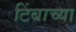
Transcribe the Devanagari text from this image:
टिंबाच्या